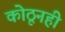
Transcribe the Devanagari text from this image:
कोठूनही